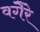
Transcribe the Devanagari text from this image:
वगैेरे